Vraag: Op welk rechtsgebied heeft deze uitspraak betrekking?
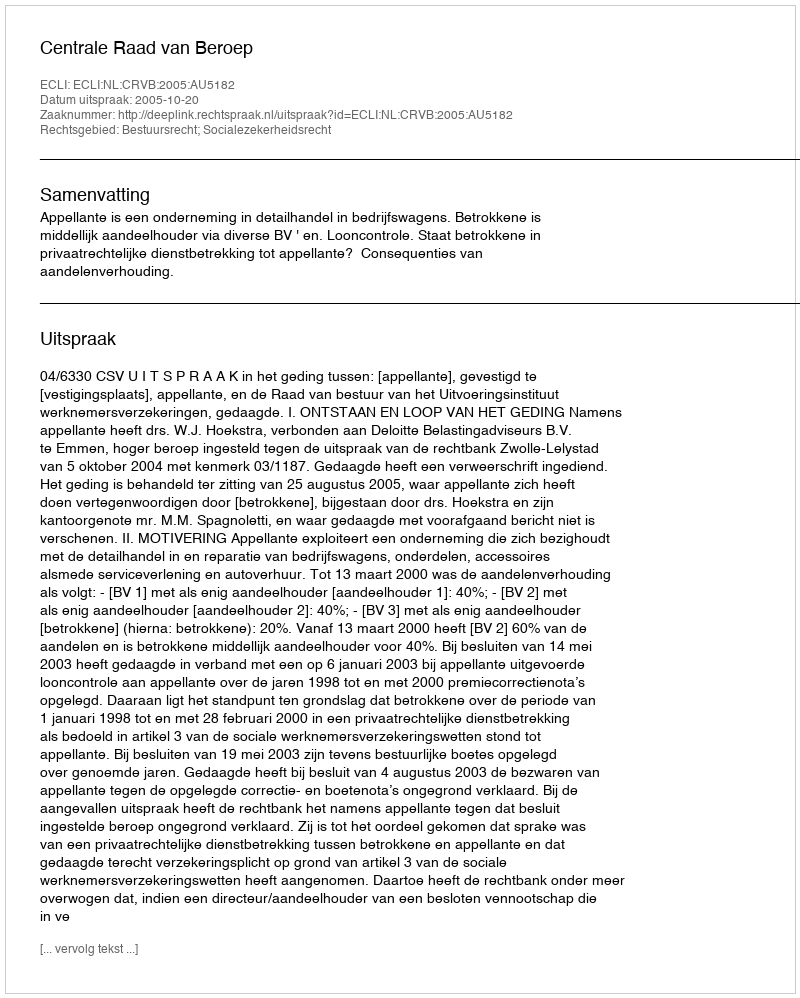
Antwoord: Bestuursrecht; Socialezekerheidsrecht